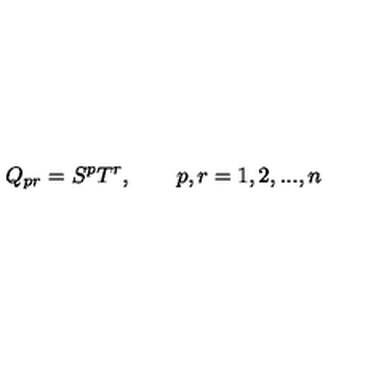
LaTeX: Q _ { p r } = S ^ { p } T ^ { r } , \qquad p , r = 1 , 2 , . . . , n